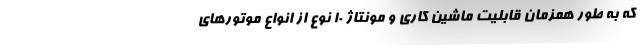
که به طور همزمان قابلیت ماشین کاری و مونتاژ ۱۰ نوع از انواع موتورهای